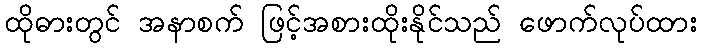
ထိုဓားတွင် အနာစက် ဖြင့်အစားထိုးနိုင်သည် ဖောက်လုပ်ထား